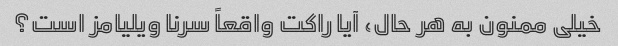
خیلی ممنون به هر حال، آیا راکت واقعاً سرنا ویلیامز است؟